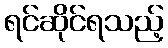
ရင်ဆိုင်ရသည့်